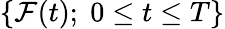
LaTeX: \{ {\mathcal{F}}(t);\; 0\leq t\leq T\}